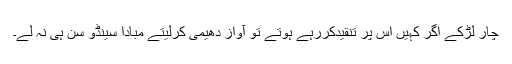
چار لڑکے اگر کہیں اُس پر تنقیدکررہے ہوتے تو آواز دھیمی کرلیتے مبادا سینڈو سن ہی نہ لے۔